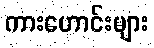
ကားဟောင်းများ